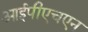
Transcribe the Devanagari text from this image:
आईपीएचएन